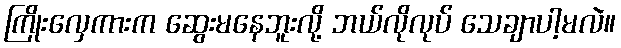
ကြိုးလှေကားက ဆွေးမနေဘူးလို့ ဘယ်လိုလုပ် သေချာပါ့မလဲ။